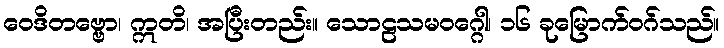
ဝေဒိတဗ္ဗော၊ ဣတိ၊ အပြီးတည်း။ သောဠသမဝဂ္ဂေါ၊ ၁၆ ခုမြောက်ဝဂ်သည်။